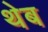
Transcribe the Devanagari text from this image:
थेब